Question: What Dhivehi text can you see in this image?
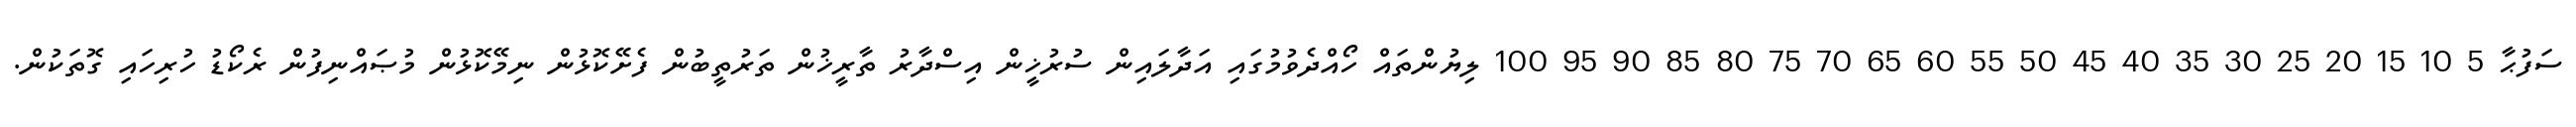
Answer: ސަފުޙާ 5 10 15 20 25 30 35 40 45 50 55 60 65 70 75 80 85 90 95 100 ލިޔުންތައް ހޯއްދެވުމުގައި އަދާލައިން ސުރުޚީން އިސްދާރު ތާރީޚުން ތަރުތީބުން ފެށޭކޮޅުން ނިމޭކޮޅުން މުޞައްނިފުން ރެކޯޑު ހުރިހައި ގޮތަކުން.